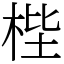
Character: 梐